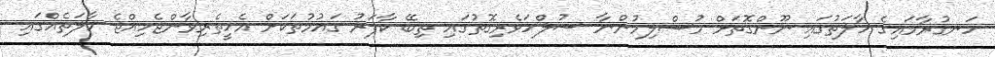
ހަނގުރާމައިގެ ހާލަތުގައި ނޫންގޮތަށް މުސްލިމުންނާ ސުލްހަވެރިގޮތުގައި ތިބޭ ކާފަރު ގައުމުތަކަށް އެހީތެރިވާންޖެހިއްޖެ ހާލަތެއްގައި